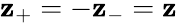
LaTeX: \mathbf{z}_{+}=-\mathbf{z}_{-}=\mathbf{z}